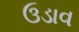
ઉડાવ